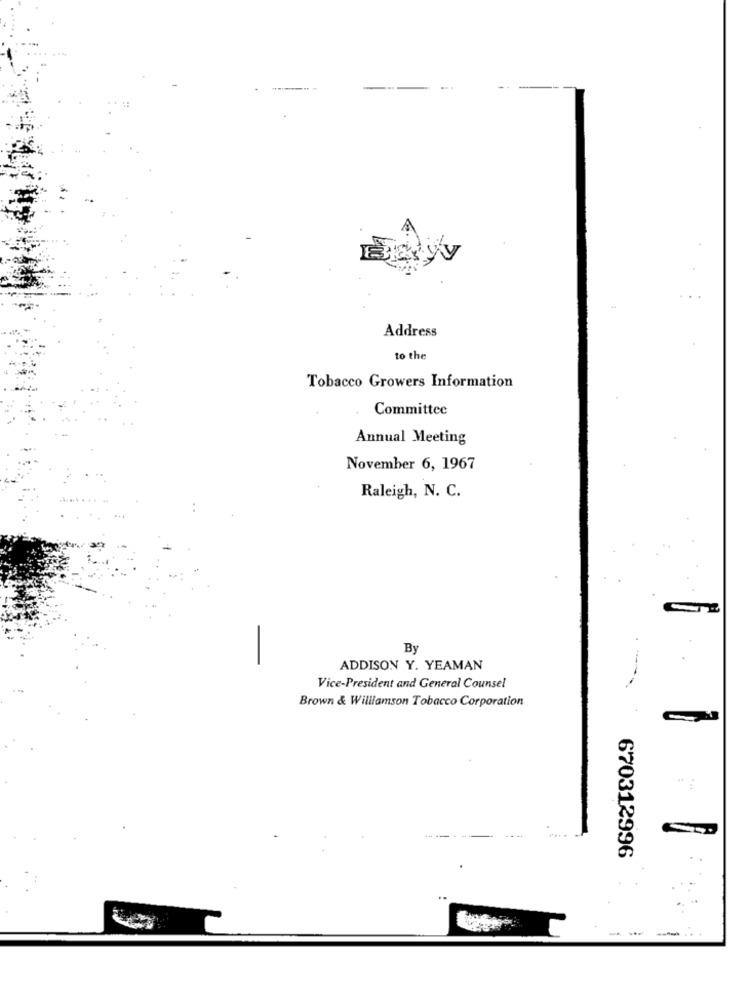
Address
to the
Tobacco Growers Information
Committee
Annual Meeting
November 6, 1967
Raleigh, N. C.
By
-
ADDISON Y. YEAMAN
Vice-President and General Counsel
Brown & Williamson Tobacco Corporation
670312996